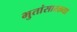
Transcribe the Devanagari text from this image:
भुतांसारख्या